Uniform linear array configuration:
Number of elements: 4
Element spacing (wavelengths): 0.75
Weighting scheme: blackman
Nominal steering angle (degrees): -30
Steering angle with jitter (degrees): -30.48
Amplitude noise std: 0.05
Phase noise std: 0.05

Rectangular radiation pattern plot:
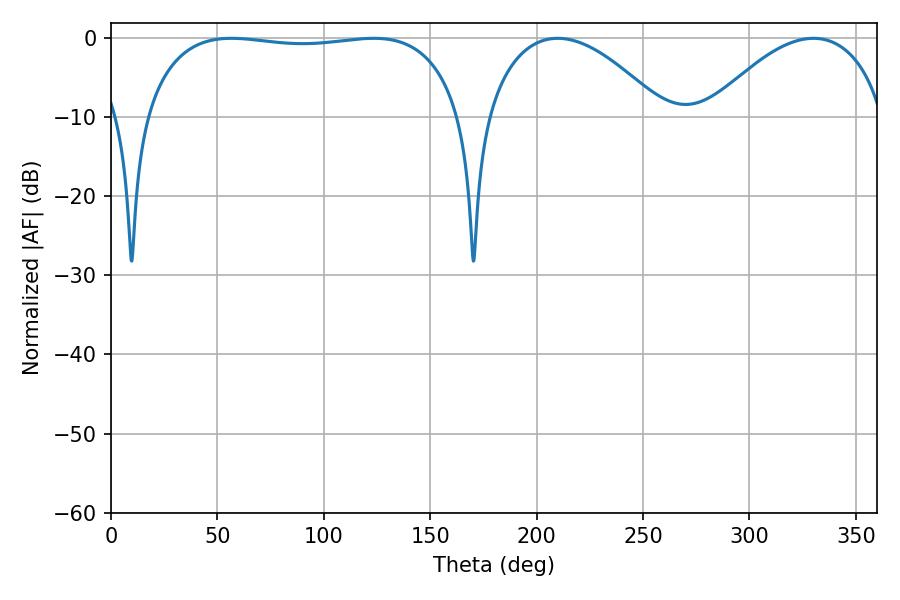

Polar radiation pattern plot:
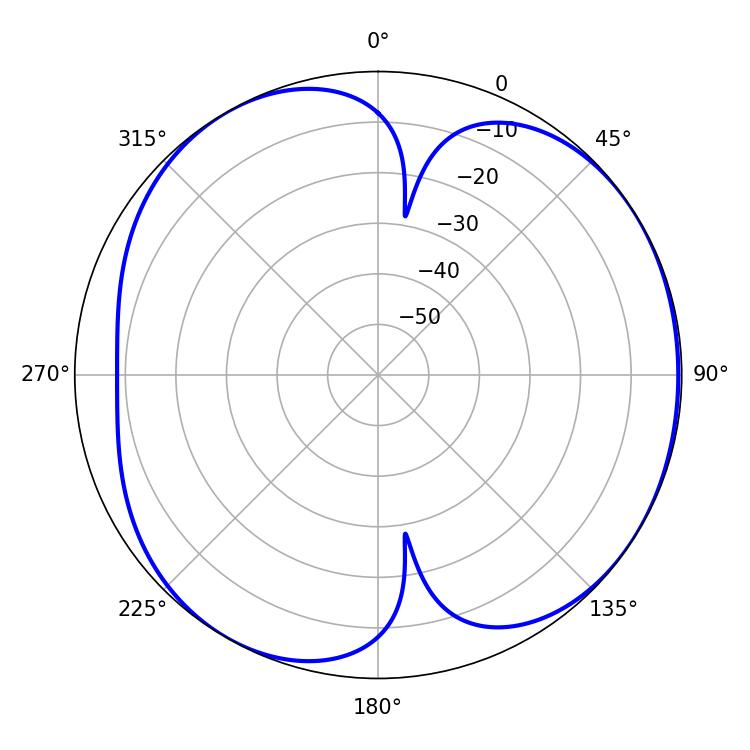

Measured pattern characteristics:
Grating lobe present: TRUE
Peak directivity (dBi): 5.027
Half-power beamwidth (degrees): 46.8
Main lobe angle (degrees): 209.88